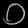
Digit: ၀